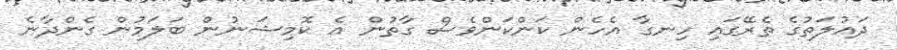
ދައުލަތުގެ ތެރޭގައި ހިނގާ އެހެން ކަންކަންވެސް ގާތުން އެ ކޮމިޝަނުން ބަލަމުން ގެންދާނެ